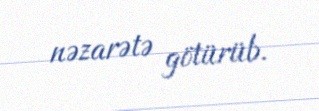
nəzarətə götürüb.